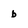
Character: b